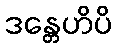
ဒန္တေဟိပိ